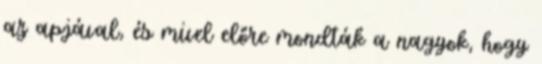
az apjával, és mivel előre mondták a nagyok, hogy